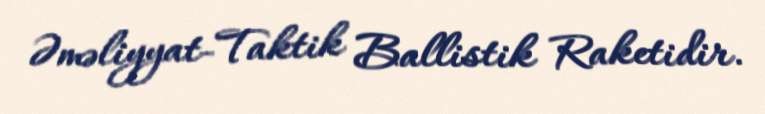
Əməliyyat-Taktik Ballistik Raketidir.